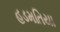
હડમતિયા